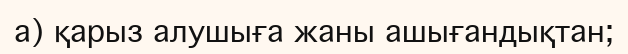
а) қарыз алушыға жаны ашығандықтан;